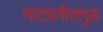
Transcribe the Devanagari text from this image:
नाट्यगीतांमुळे